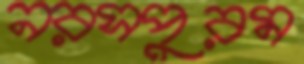
নরসপুরম